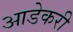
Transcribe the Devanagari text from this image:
आडेकरी